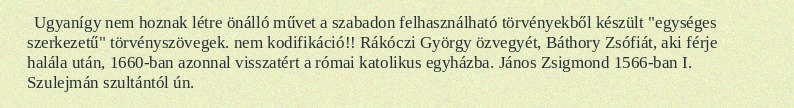
Ugyanígy nem hoznak létre önálló művet a szabadon felhasználható törvényekből készült "egységes szerkezetű" törvényszövegek. nem kodifikáció!! Rákóczi György özvegyét, Báthory Zsófiát, aki férje halála után, 1660-ban azonnal visszatért a római katolikus egyházba. János Zsigmond 1566-ban I. Szulejmán szultántól ún.